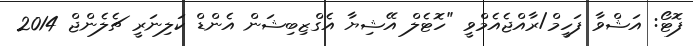
ފޮޓޯ: އަޝްވާ ފަހީމް/ރާއްޖެއެމްވީ "ހޮޓެލް އޭޝިޔާ އެގްޒިބިޝަން އެންޑް ކަލިނަރީ ޗެލެންޖް 2014